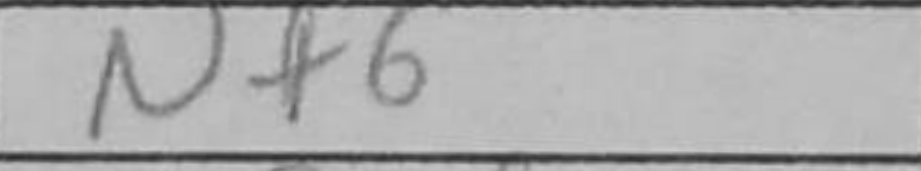
Transcription: Nf6